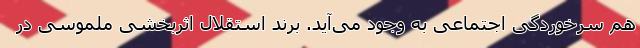
هم سرخوردگی اجتماعی به وجود می‌آید. بِرند استقلال اثربخشی ملموسی در